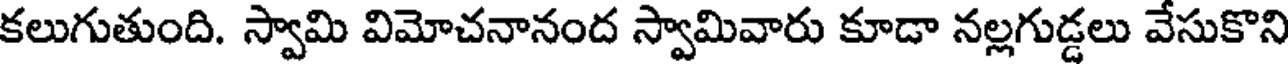
కలుగుతుంది. స్వామి విమోచనానంద స్వామివారు కూడా నల్లగుడ్డలు వేసుకొని